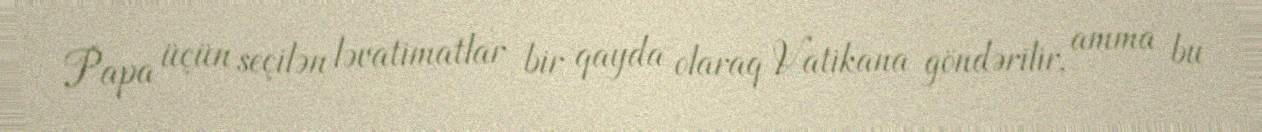
Papa üçün seçilən ləvatimatlar bir qayda olaraq Vatikana göndərilir, amma bu